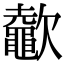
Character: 𣤶